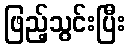
ဖြည့်သွင်းပြီး